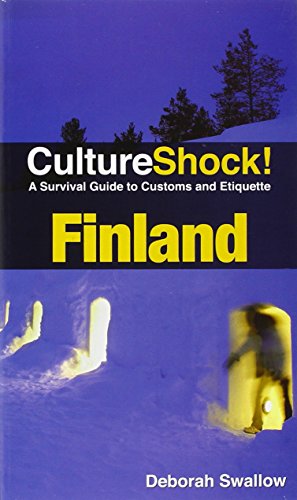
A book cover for CultureShock! Finland (Cultureshock Finland: A Survival Guide to Customs & Etiquette); Deborah Swallow; Travel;